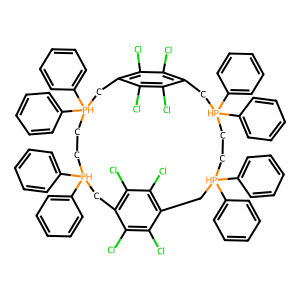
SMILES: Clc1c(Cl)c2c(Cl)c(Cl)c1C[PH](c1ccccc1)(c1ccccc1)CC[PH](c1ccccc1)(c1ccccc1)Cc1c(Cl)c(Cl)c(c(Cl)c1Cl)C[PH](c1ccccc1)(c1ccccc1)CC[PH](c1ccccc1)(c1ccccc1)C2
Inhibits HIV replication: No